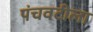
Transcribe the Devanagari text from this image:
पंचवटीला